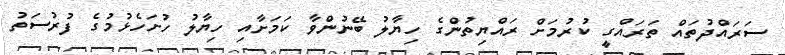
ސަރައްދުތައް ތަރައްގީ ކުރުމަށް ރައްޔިތުންގެ ހިޔާލު ބޭނުންވާ ކަމަށާއި ހިޔާލު ހުށަހެޅުމުގެ ފުރުސަތު